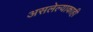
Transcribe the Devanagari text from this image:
असलेल्याकाही